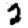
Digit: 2